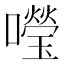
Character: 𡃅